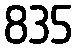
835